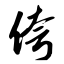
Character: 侉